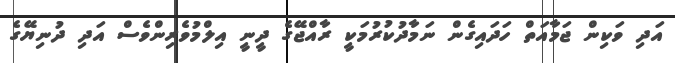
އަދި ވަކިން ޖަމާއަތް ހަދައިގެން ނަމާދުކުރުމަކީ ރާއްޖޭގެ ދީނީ އިލްމުވެރިންވެސް އަދި ދުނިޔޭގެ